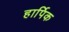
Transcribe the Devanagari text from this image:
हार्पिक